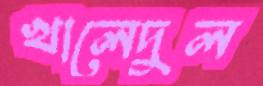
খালেদুল